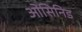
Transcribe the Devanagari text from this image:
ओसिनिड